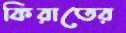
কিরাতের